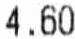
4.60